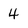
Character: 4